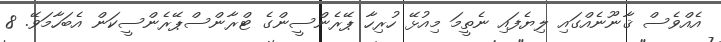
އެއްވެސް ޤާނޫނެއްގައި ލިޔެފައި ނެތީމަ މިއުޅޭ ހުރިހާ ޕޭރެންސީންގެ ޓްރާންސްޕޭރެންސީކަން އެބަހާމަވޭ. 8